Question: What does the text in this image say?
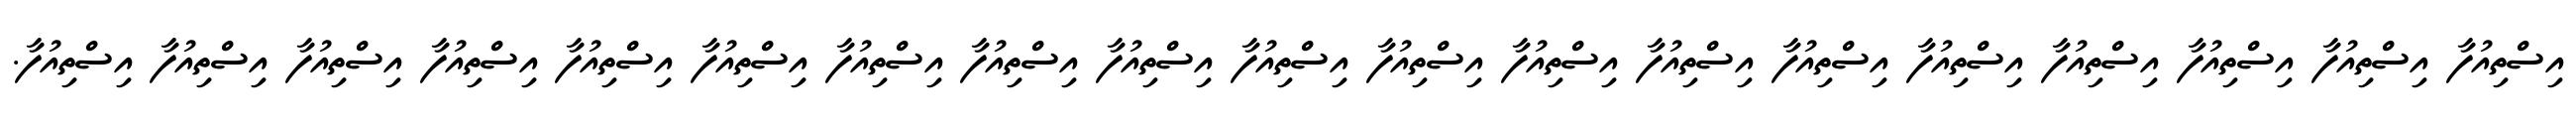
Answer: އިސްތިއުފާ އިސްތިއުފާ އިސްތިއުފާ އިސްތިއުފާ އިސްތިއުފާ އިސްތިއުފާ އިސްތިއުފާ އިސްތިއުފާ އިސްތިއުފާ އިސްތިއުފާ އިސްތިއުފާ އިސްތިއުފާ އިސްތިއުފާ އިސްތިއުފާ އިސްތިއުފާ އިސްތިއުފާ އިސްތިއުފާ އިސްތިއުފާ އިސްތިއުފާ.